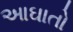
આઘાતો